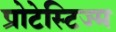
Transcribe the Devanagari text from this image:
प्रोटेस्टिज्म